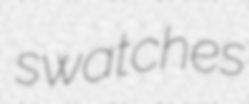
swatches